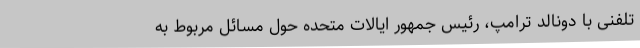
تلفنی با دونالد ترامپ، رئیس جمهور ایالات متحده حول مسائل مربوط به